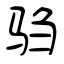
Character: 驺